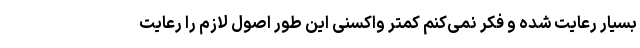
بسیار رعایت شده و فکر نمی‌کنم کمتر واکسنی این طور اصول لازم را رعایت